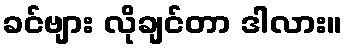
ခင်ဗျား လိုချင်တာ ဒါလား။